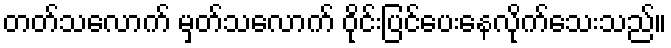
တတ်သလောက် မှတ်သလောက် ဝိုင်းပြင်ပေးနေလိုက်သေးသည်။